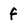
Character: f